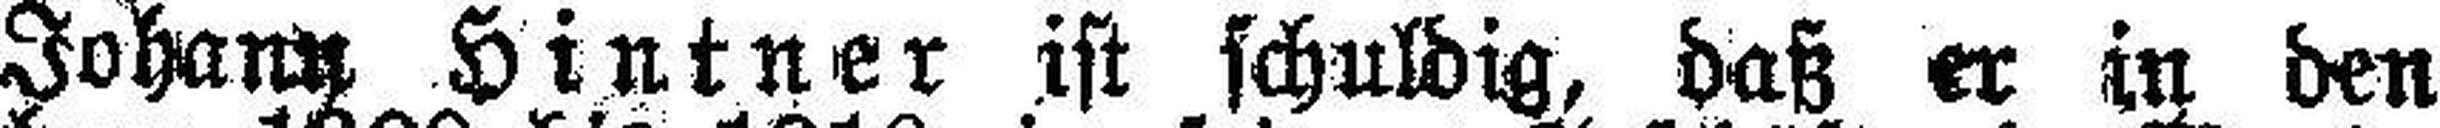
Johann Hintner ist schuldig, daß er in den